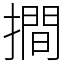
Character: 𢵧